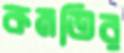
কমতির